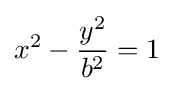
x^{2}-{\frac {y^{2}}{b^{2}}}=1